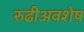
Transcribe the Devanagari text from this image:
रुढीअवशेष